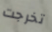
تخرجت